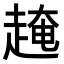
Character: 𧼎